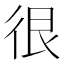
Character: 很